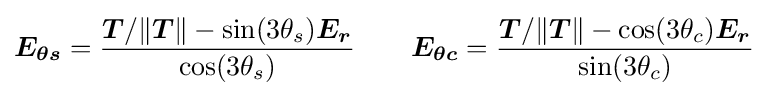
{\boldsymbol {E_{\theta s}}}={\frac {{\boldsymbol {T}}/\lVert {\boldsymbol {T}}\rVert -\sin(3\theta _{s}){\boldsymbol {E_{r}}}}{\cos(3\theta _{s})}}\qquad {\boldsymbol {E_{\theta c}}}={\frac {{\boldsymbol {T}}/\lVert {\boldsymbol {T}}\rVert -\cos(3\theta _{c}){\boldsymbol {E_{r}}}}{\sin(3\theta _{c})}}